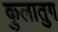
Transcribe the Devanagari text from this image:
कुलातुग